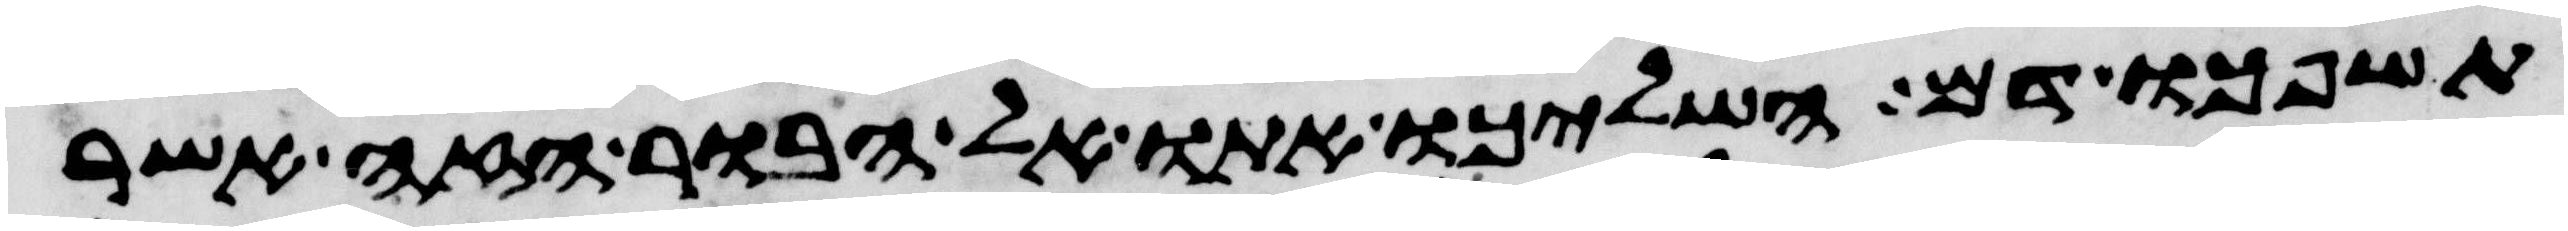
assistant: תשפכו דם השליכו אתו אל הבור הזה אשר